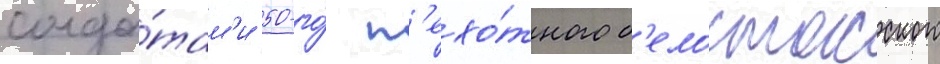
солда́там'и 50-го́ п'ехо́тного б'елостокского